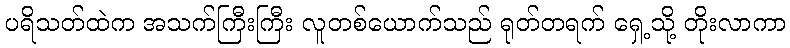
ပရိသတ်ထဲက အသက်ကြီးကြီး လူတစ်ယောက်သည် ရုတ်တရက် ရှေ့သို့ တိုးလာကာ